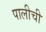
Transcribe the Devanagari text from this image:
पालीची